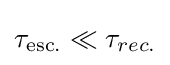
\tau _{\text{esc.}}\ll \tau _{rec.}